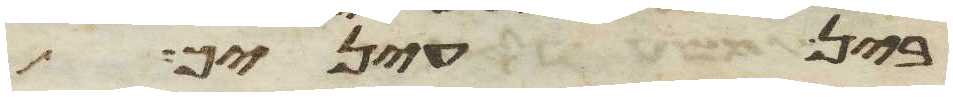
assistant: בין עיניך